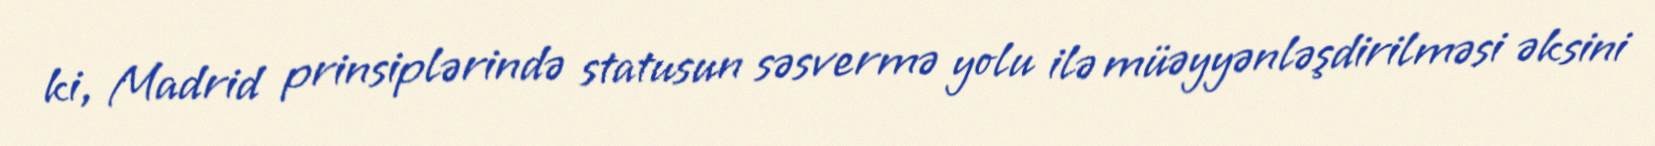
ki, Madrid prinsiplərində statusun səsvermə yolu ilə müəyyənləşdirilməsi əksini